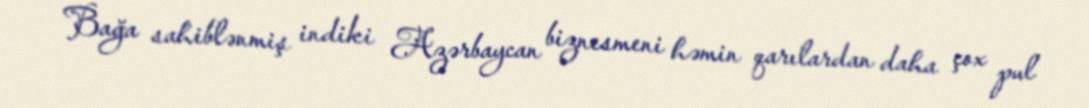
Bağa sahiblənmiş indiki Azərbaycan biznesmeni həmin qarılardan daha çox pul